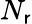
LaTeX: N_{\mathsf{r}}